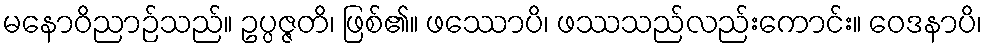
မနောဝိညာဉ်သည်။ ဥပ္ပဇ္ဇတိ၊ ဖြစ်၏။ ဖဿောပိ၊ ဖဿသည်လည်းကောင်း။ ဝေဒနာပိ၊